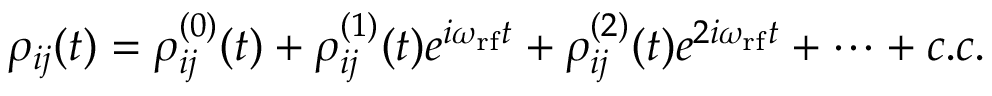
\rho _ { i j } ( t ) = \rho _ { i j } ^ { ( 0 ) } ( t ) + \rho _ { i j } ^ { ( 1 ) } ( t ) e ^ { i \omega _ { \mathrm { r f } } t } + \rho _ { i j } ^ { ( 2 ) } ( t ) e ^ { 2 i \omega _ { \mathrm { r f } } t } + \cdots + c . c .